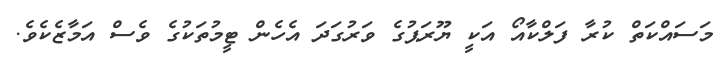
މަސައްކަތް ކުރާ ފަލްކާއޯ އަކީ ޔޫރަޕުގެ ވަރުގަދަ އެހެން ޓީމުތަކުގެ ވެސް އަމާޒެކެވެ.